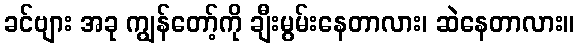
ခင်ဗျား အခု ကျွန်တော့်ကို ချီးမွမ်းနေတာလား၊ ဆဲနေတာလား။